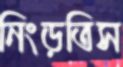
নিংড়তিস